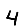
Digit: 4